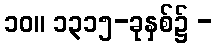
၁၀။ ၁၃၁၅-ခုနှစ်၌ -